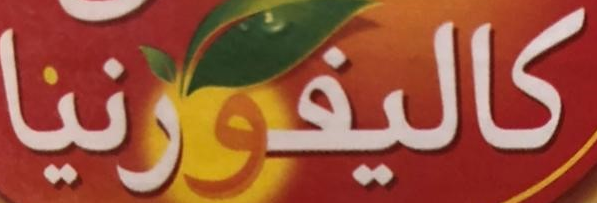
كاليفورنيا